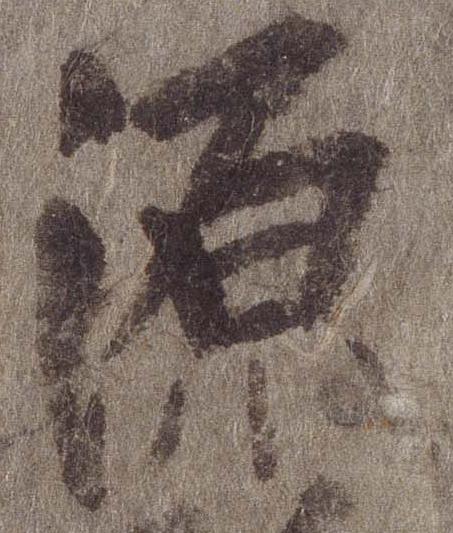
源